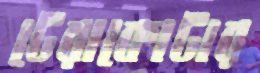
টেরাকোটার